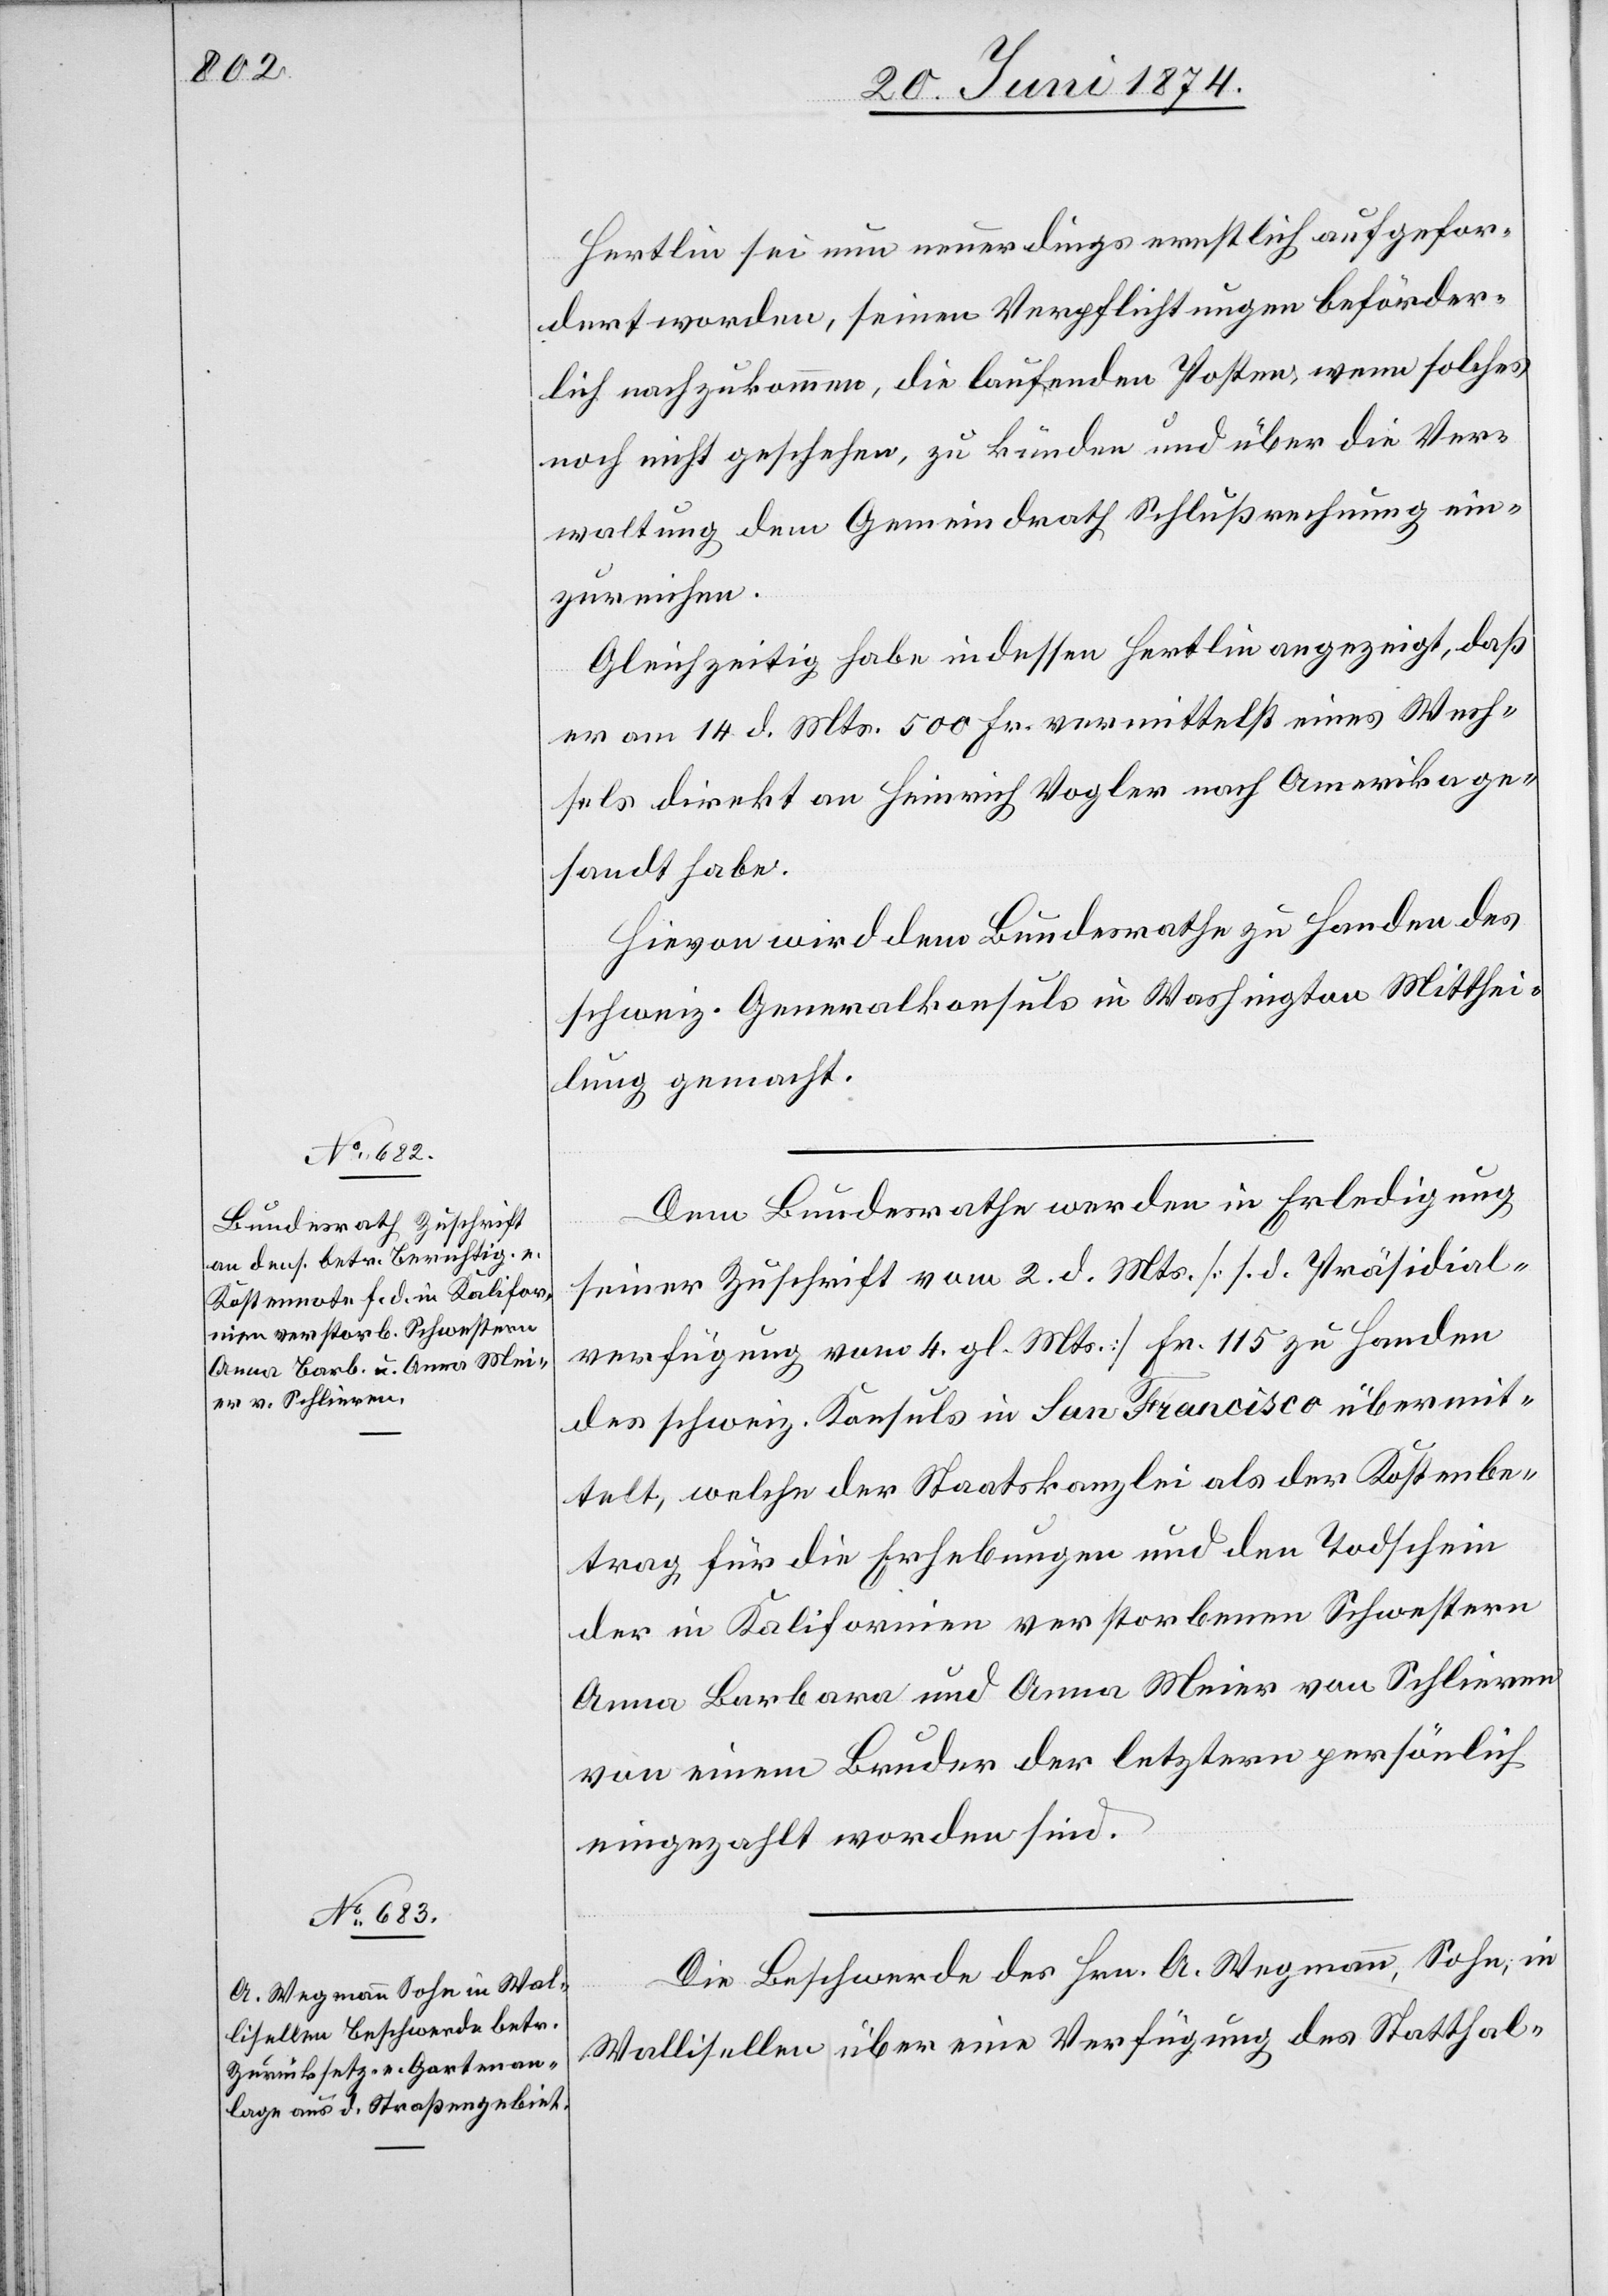
23. Juni 1874.]
Hertlin sei nun neuerdings ernstlich aufgefor¬
dert worden, seinen Verpflichtungen beförder¬
lich nachzukommen, die laufenden Posten, wenn solches
noch nicht geschehen, zu künden und über die Ver¬
waltung dem Gemeindrath Schlußrechnung ein¬
zureichen.
Gleichzeitig habe indessen Hertlin angezeigt, daß
er am 14. d. Mts. 500 Fr. vermittelst eines Wech¬
sels direkt an Heinrich Vogler nach Amerika ge¬
sandt habe.
Hievon wird dem Bundesrathe zu Handen des
schweiz. Generalkonsuls in Washington Mitthei¬
lung gemacht.
Dem Bundesrathe werden in Erledigung
seiner Zuschrift vom 2. d. Mts. [s. d. Präsidial¬
verfügung vom 4. gl. Mts.] Fr. 115 zu Handen
des schweiz. Konsuls in San Francisco übermit¬
telt, welche der Staatskanzlei als der Kostenbe¬
trag für die Erhebungen und den Todschein
der in Kalifornien verstorbenen Schwestern
Anna Barbara und Anna Meier von Schlieren
von einem Bruder der letztern persönlich
eingezahlt worden sind.
Die Beschwerde des Hrn. A. Wegmann, Sohn, in
Wallisellen über eine Verfügung des Statthal-